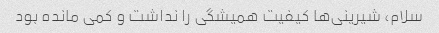
سلام، شیرینی‌ها کیفیت همیشگی را نداشت و کمی مانده بود